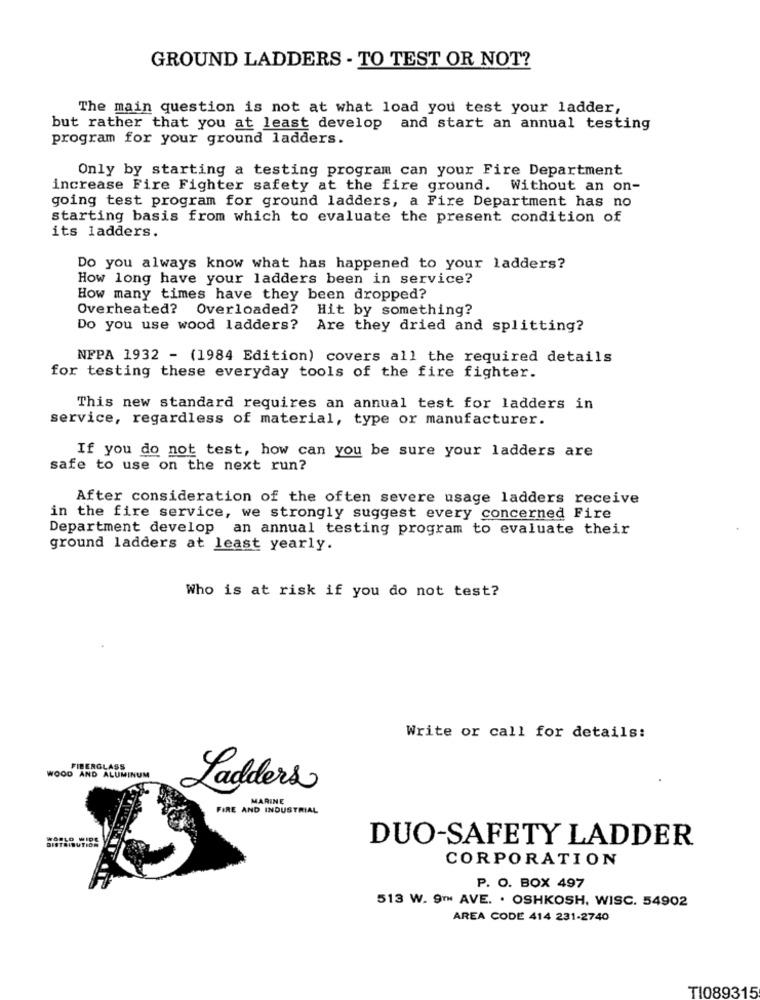
GROUND LADDERS - TO TEST OR NOT?
The main question is not at what load you test your ladder,
but rather that you at least develop and start an annual testing
program for your ground ladders.
Only by starting a testing program can your Fire Department
increase Fire Fighter safety at the fire ground. Without an on-
going test program for ground ladders, a Fire Department has no
starting basis from which to evaluate the present condition of
its ladders.
Do you always know what has happened to your ladders?
How long have your ladders been in service?
How many times have they been dropped?
Overheated? Overloaded?
Hit by something?
Do you use wood ladders?
Are they dried and splitting?
NFPA 1932 - (1984 Edition) covers all the required details
for testing these everyday tools of the fire fighter.
This new standard requires an annual test for ladders in
service, regardless of material, type or manufacturer.
If you do not test, how can you be sure your ladders are
safe to use on the next run?
After consideration of the often severe usage ladders receive
in the fire service, we strongly suggest every concerned Fire
Department develop an annual testing program to evaluate their
ground ladders at least yearly.
Who is at risk if you do not test?
Write or call for details:
FIBERGLASS
WOOD AND ALUMINUM
Ladders
MARINE
FIRE AND INDUSTRIAL
DUO-SAFETY LADDER
DISTRIBUTION
CORPORATION
P. O. BOX 497
513 W. 9TH AVE. . OSHKOSH, WISC. 54902
AREA CODE 414 231-2740
TI089315